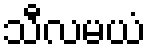
သီလမယံ